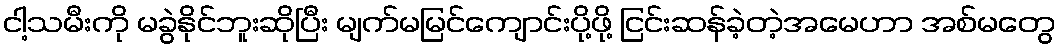
ငါ့သမီးကို မခွဲနိုင်ဘူးဆိုပြီး မျက်မမြင်ကျောင်းပို့ဖို့ ငြင်းဆန်ခဲ့တဲ့အမေဟာ အစ်မတွေ